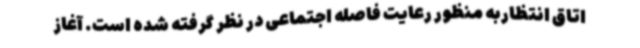
اتاق انتظاربه منظور رعایت فاصله اجتماعی در نظر گرفته شده است. آغاز